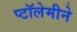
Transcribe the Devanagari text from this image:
प्टॉलेमीने